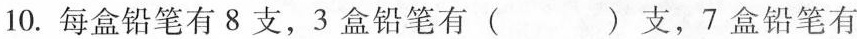
10.每盒铅笔有8支，3盒铅笔有( )支，7盒铅笔有